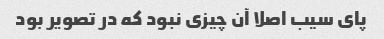
پای سیب اصلا آن چیزی نبود که در تصویر بود